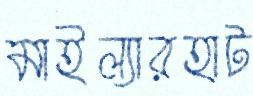
মাইল্যারহাট